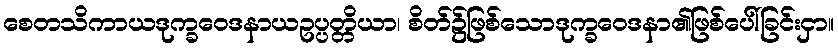
စေတသိကာယဒုက္ခဝေဒနာယဥပ္ပတ္တိယာ၊ စိတ်၌ဖြစ်သောဒုက္ခဝေဒနာ၏ဖြစ်ပေါ်ခြင်းငှာ။